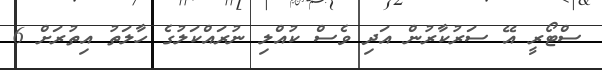
ސްޓޯރީ އޭ ސަރުކާރުން އަދި ވެސް ކުއްލި ނުރައްކަލުގެ ހާލަތު އިތުރަށް 6